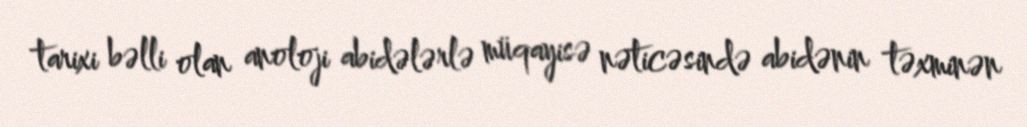
tarixi bəlli olan anoloji abidələrlə müqayisə nəticəsində abidənin təxminən